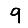
Digit: 9